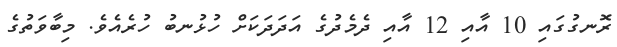
ރޮނގުގައި 10 އާއި 12 އާއި ދެމެދުގެ އަދަދަކަށް ހުޅުނބު ހުރެއެވެ. މިބާވަތުގެ